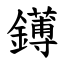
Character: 䥬